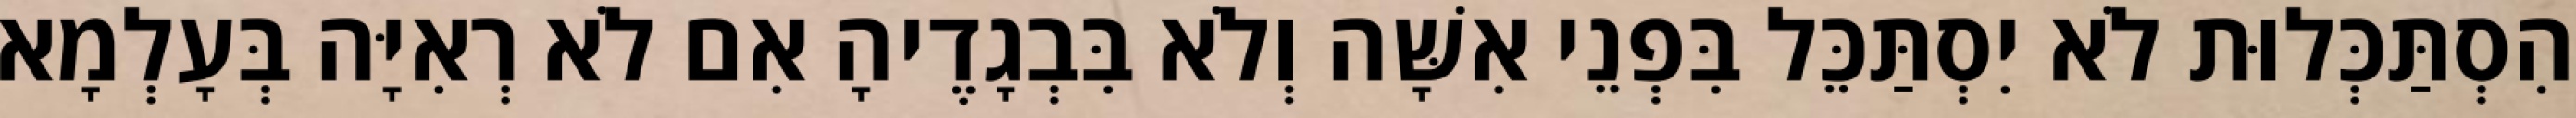
הִסְתַּכְּלוּת לֹא יִסְתַּכֵּל בִּפְנֵי אִשָּׁה וְלֹא בִּבְגָדֶיהָ אִם לֹא רְאִיָּה בְּעָלְמָא